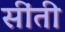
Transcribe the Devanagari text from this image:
सींती